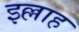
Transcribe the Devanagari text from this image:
इल्लाह